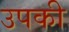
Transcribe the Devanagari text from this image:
उपकी